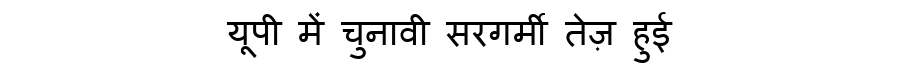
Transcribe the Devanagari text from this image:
यूपी में चुनावी सरगर्मी तेज़ हुई